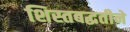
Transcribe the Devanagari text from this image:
शिस्तबद्धतीने